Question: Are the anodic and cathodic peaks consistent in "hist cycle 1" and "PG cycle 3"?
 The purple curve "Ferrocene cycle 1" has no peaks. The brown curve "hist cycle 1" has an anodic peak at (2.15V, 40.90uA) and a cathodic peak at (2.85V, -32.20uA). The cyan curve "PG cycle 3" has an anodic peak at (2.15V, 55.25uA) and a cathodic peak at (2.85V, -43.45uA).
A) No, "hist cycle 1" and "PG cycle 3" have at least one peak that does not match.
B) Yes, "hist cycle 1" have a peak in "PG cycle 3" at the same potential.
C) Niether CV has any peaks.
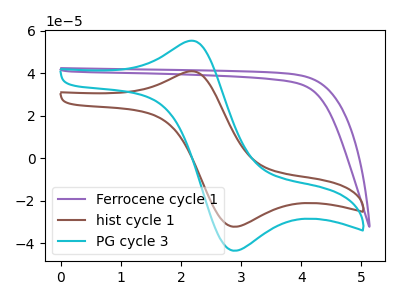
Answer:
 <answer>B) Yes, "hist cycle 1" have a peak in "PG cycle 3" at the same potential.</answer>
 <eval>B</eval>